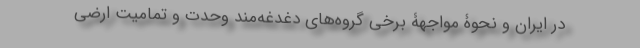
در ایران و نحوۀ مواجهۀ برخی گروه‌های دغدغه‌مند وحدت و تمامیت ارضی